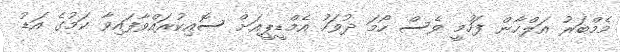
މެމްބަރު އަލްހާން ފަހުމީ ވެސް ހޯމަ ދުވަހު އެމްޑީޕީއަށް ސޮއިކުރައްވާފައިވާ ކަމުގެ އަޑު